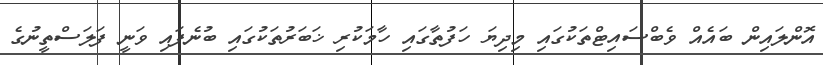
އޮންލައިން ބައެއް ވެބްސައިޓްތަކުގައި މިދިޔަ ހަފުތާގައި ހާމަކުރި ޚަބަރުތަކުގައި ބުނެފައި ވަނީ ފަލަސްތީނުގެ